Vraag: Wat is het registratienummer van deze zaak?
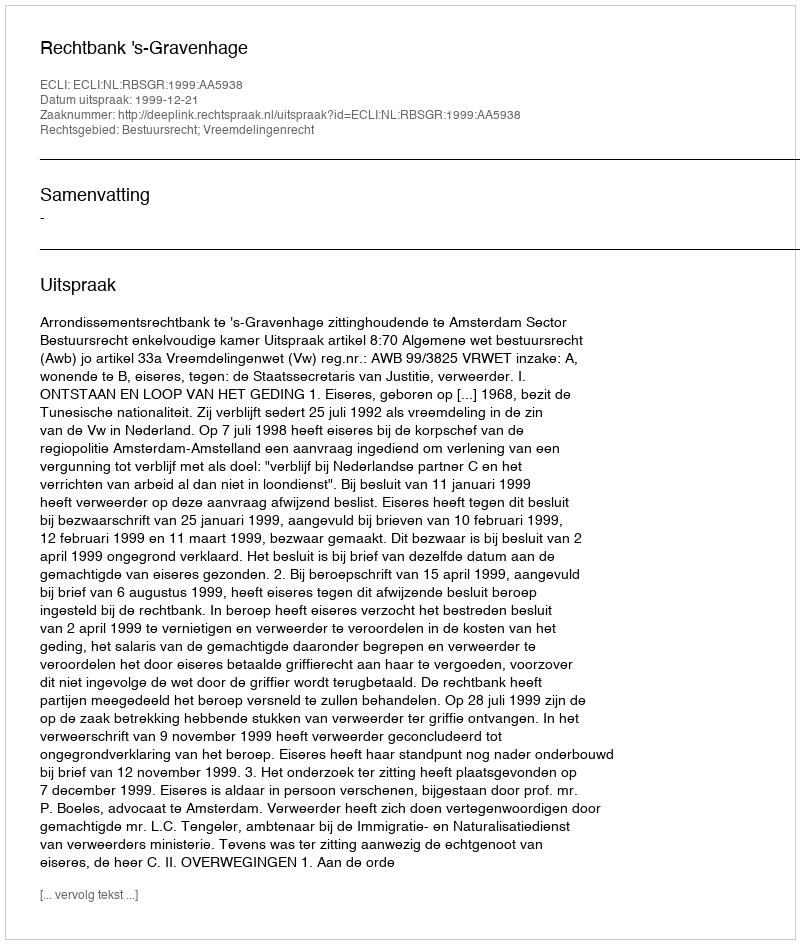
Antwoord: http://deeplink.rechtspraak.nl/uitspraak?id=ECLI:NL:RBSGR:1999:AA5938